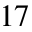
^ { 1 7 }